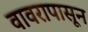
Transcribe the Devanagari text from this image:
वावरापासून